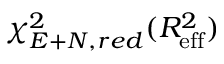
\chi _ { E + N , r e d } ^ { 2 } ( R _ { \mathrm { e f f } } ^ { 2 } )